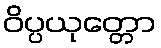
ဝိပ္ပယုတ္တော